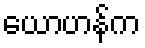
ယောဟန်က